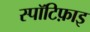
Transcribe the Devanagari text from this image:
स्पॉटिफ़ाइ